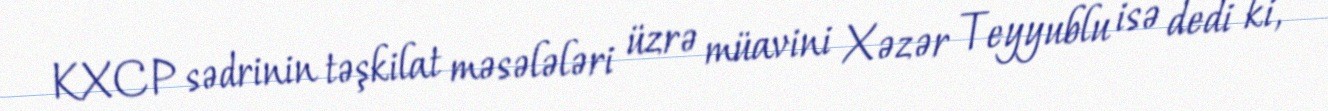
KXCP sədrinin təşkilat məsələləri üzrə müavini Xəzər Teyyublu isə dedi ki,